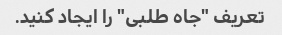
تعریف "جاه طلبی" را ایجاد کنید.